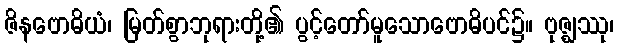
ဇိနဗောဓိယံ၊ မြတ်စွာဘုရားတို့၏ ပွင့်တော်မူသောဗောဓိပင်၌။ ဗုဇ္ဈဿု၊